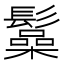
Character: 𩯟